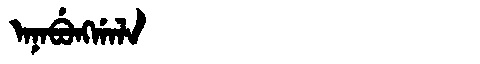
Manchu: ᠠᠨᠠᠪᡠᠩᡤᠠᠯᠠ
Romanization: ANABUNGGALA